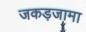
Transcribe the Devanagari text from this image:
जकड़जामा